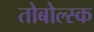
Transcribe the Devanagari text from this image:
तोबोल्स्क